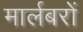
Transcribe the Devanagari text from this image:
मार्लबरों